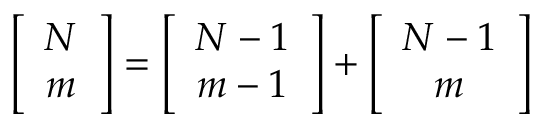
\left[ \begin{array} { c } { { N } } \\ { { m } } \end{array} \right] = \left[ \begin{array} { c } { { N - 1 } } \\ { { m - 1 } } \end{array} \right] + \left[ \begin{array} { c } { { N - 1 } } \\ { { m } } \end{array} \right]